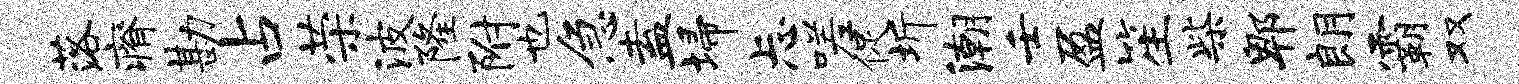
落瘠勘占荣波隆附也急盍埽忐嗟促圻潮壬盈笙柴郫朗霸双